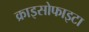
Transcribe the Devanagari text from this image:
क्राइसोफाइटा